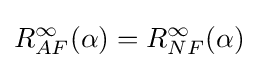
R_{AF}^{\infty }(\alpha )=R_{NF}^{\infty }(\alpha )